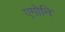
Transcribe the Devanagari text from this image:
एगोनि